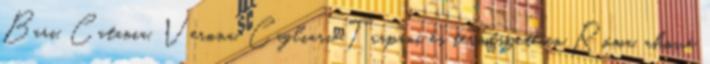
Bari, Catania, Verona, Cagliari, Trapani és természetesen Róma, ahová